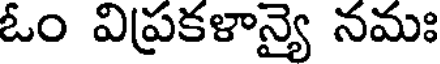
ఓం విప్రకళాన్యై నమః